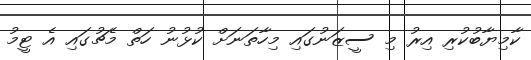
ކާމިޔާބުކުރި އިރު މި ސީޒަނުގައި މިހާތަނަށް ކުޅުނު ހަތް މެޗުގައި އެ ޓީމު